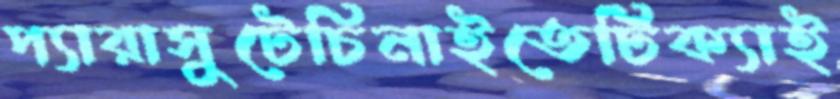
প্যারাসুটেচিনাইতেটিক্যাই